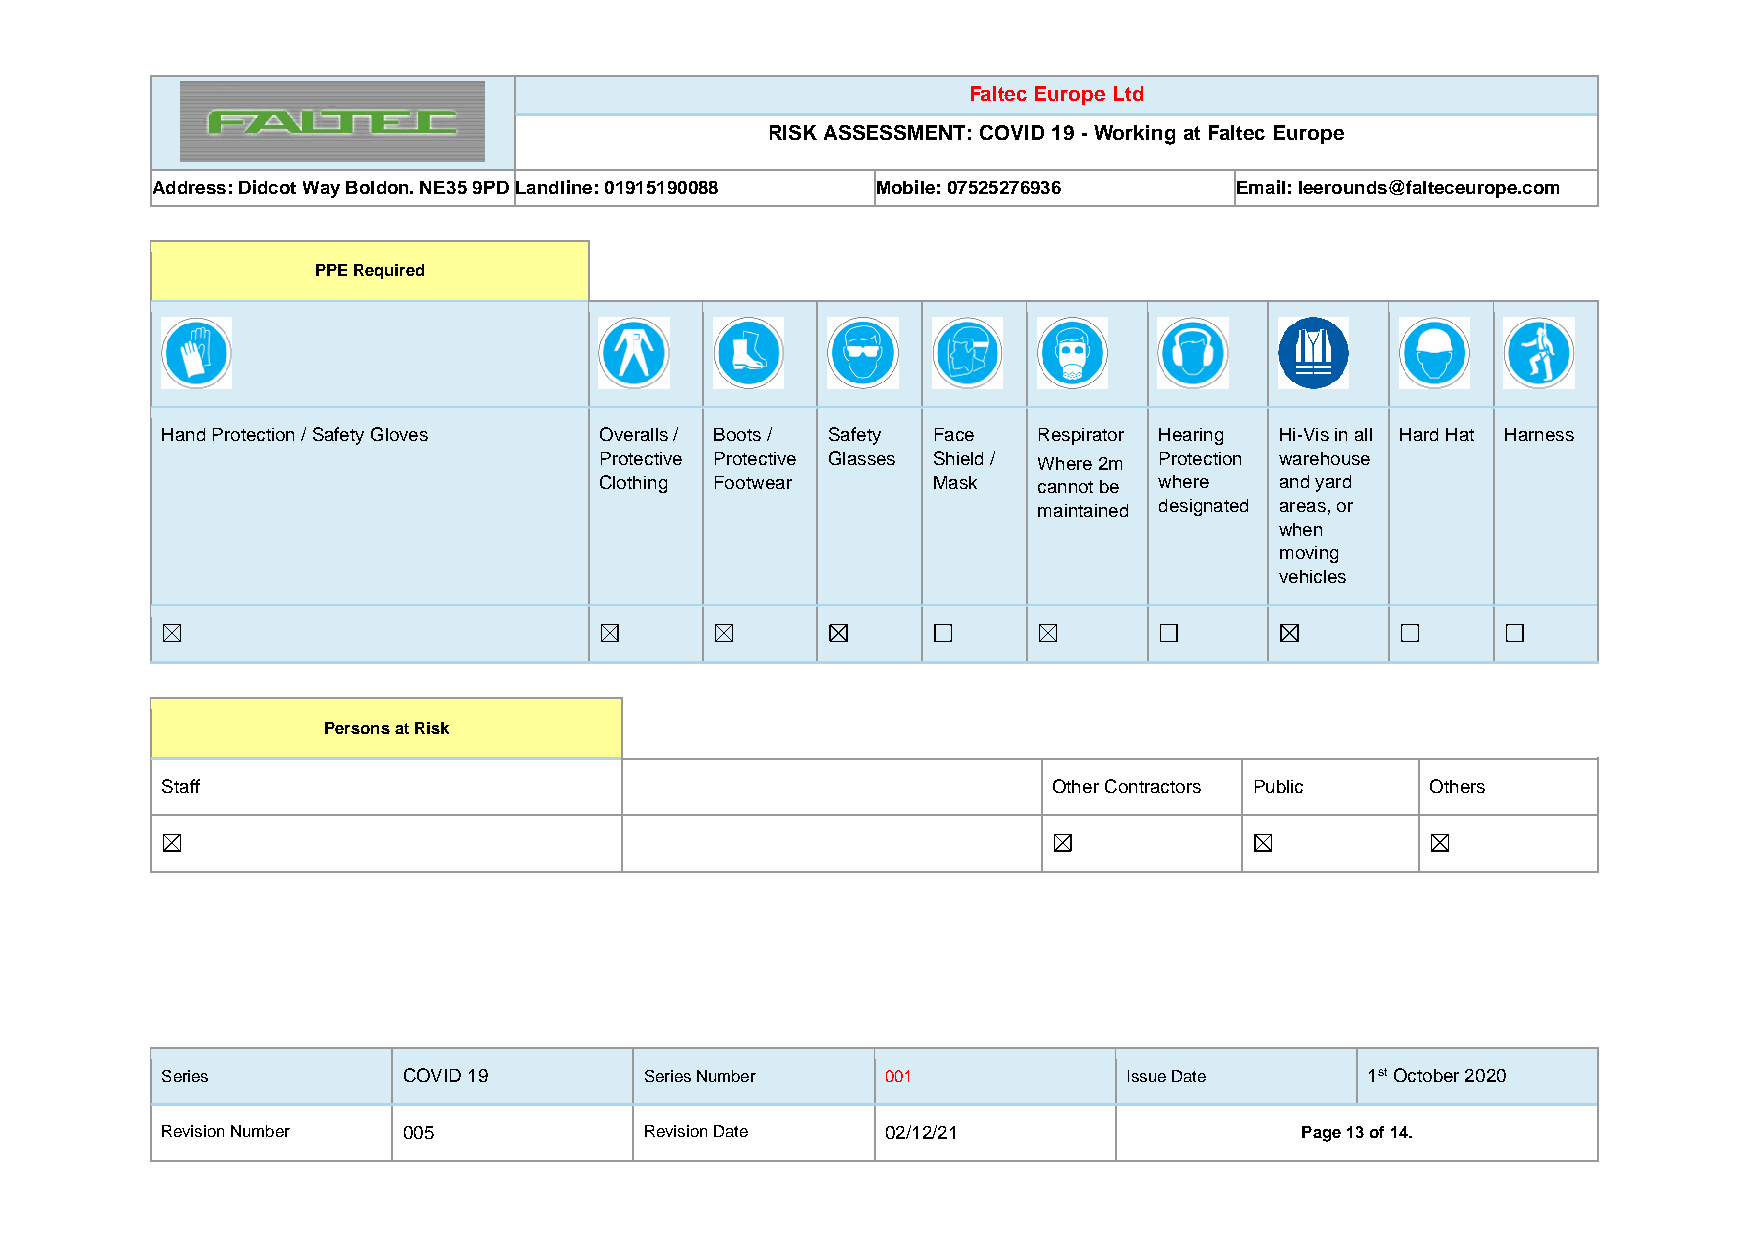
Faltec Europe Ltd
 RISK ASSESSMENT: COVID 19 - Working at Faltec Europe
 Address: Didcot Way Boldon. NE35 9PD Landline: 01915190088 Mobile: 07525276936 Email: leerounds@falteceurope.com
 PPE Required
 Hand Protection / Safety Gloves Overalls / Boots / Safety Face Respirator Hearing Hi-Vis in all Hard Hat Harness
 Protective Protective Glasses Shield / Where 2m Protection warehouse
 Clothing Footwear     Mask   cannot be where and yard
 maintained designated areas, or
 when
 moving
 vehicles
 Persons at Risk
 Staff                                                      Other Contractors Public Others
 Series          COVID 19        Series Number   001             Issue Date      1st October 2020
 Revision Number 005             Revision Date   02/12/21                   Page 13 of 14.